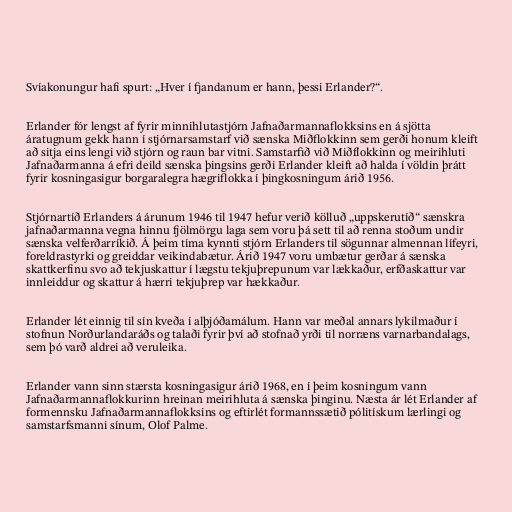
Svíakonungur hafi spurt: „Hver í fjandanum er hann, þessi Erlander?“.

Erlander fór lengst af fyrir minnihlutastjórn Jafnaðarmannaflokksins en á sjötta
áratugnum gekk hann í stjórnarsamstarf við sænska Miðflokkinn sem gerði honum kleift
að sitja eins lengi við stjórn og raun bar vitni. Samstarfið við Miðflokkinn og meirihluti
Jafnaðarmanna á efri deild sænska þingsins gerði Erlander kleift að halda í völdin þrátt
fyrir kosningasigur borgaralegra hægriflokka í þingkosningum árið 1956.

Stjórnartíð Erlanders á árunum 1946 til 1947 hefur verið kölluð „uppskerutíð“ sænskra
jafnaðarmanna vegna hinnu fjölmörgu laga sem voru þá sett til að renna stoðum undir
sænska velferðarríkið. Á þeim tíma kynnti stjórn Erlanders til sögunnar almennan lífeyri,
foreldrastyrki og greiddar veikindabætur. Árið 1947 voru umbætur gerðar á sænska
skattkerfinu svo að tekjuskattur í lægstu tekjuþrepunum var lækkaður, erfðaskattur var
innleiddur og skattur á hærri tekjuþrep var hækkaður.

Erlander lét einnig til sín kveða í alþjóðamálum. Hann var meðal annars lykilmaður í
stofnun Norðurlandaráðs og talaði fyrir því að stofnað yrði til norræns varnarbandalags,
sem þó varð aldrei að veruleika.

Erlander vann sinn stærsta kosningasigur árið 1968, en í þeim kosningum vann
Jafnaðarmannaflokkurinn hreinan meirihluta á sænska þinginu. Næsta ár lét Erlander af
formennsku Jafnaðarmannaflokksins og eftirlét formannssætið pólitískum lærlingi og
samstarfsmanni sínum, Olof Palme.